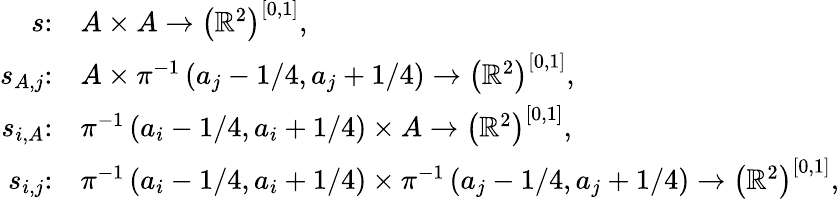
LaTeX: \begin{array}{rl}{s\colon}&{A\times A\to\left(\mathbb{R}^{2}\right)^{[0,1]},}\\ {s_{A,j}\colon}&{A\times\pi^{-1}\left(a_{j}-1/4,a_{j}+1/4\right)\to\left(\mathbb{R}^{2}\right)^{[0,1]},}\\ {s_{i,A}\colon}&{\pi^{-1}\left(a_{i}-1/4,a_{i}+1/4\right)\times A\to\left(\mathbb{R}^{2}\right)^{[0,1]},}\\ {s_{i,j}\colon}&{\pi^{-1}\left(a_{i}-1/4,a_{i}+1/4\right)\times\pi^{-1}\left(a_{j}-1/4,a_{j}+1/4\right)\to\left(\mathbb{R}^{2}\right)^{[0,1]},}\end{array}